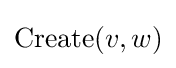
\mathrm {Create} (v,w)